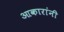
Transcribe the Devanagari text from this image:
आकारांनी